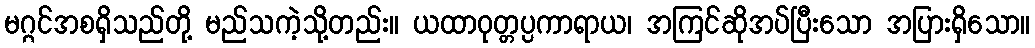
မဂ္ဂင်အစရှိသည်တို့ မည်သကဲ့သို့တည်း။ ယထာဝုတ္တပ္ပကာရာယ၊ အကြင်ဆိုအပ်ပြီးသော အပြားရှိသော။